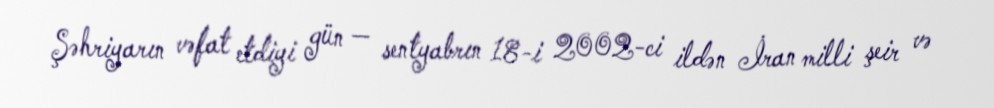
Şəhriyarın vəfat etdiyi gün — sentyabrın 18-i 2002-ci ildən İran milli şeir və